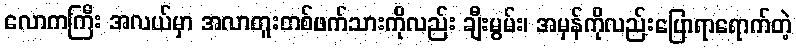
လောကကြီး အလယ်မှာ အလာတူးတစ်ဖက်သားကိုလည်း ချီးမွမ်း၊ အမှန်ကိုလည်းပြောရာရောက်တဲ့